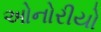
ઓનોરીયો